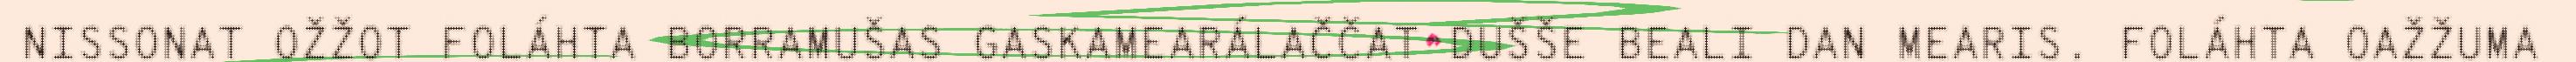
NISSONAT OŽŽOT FOLÁHTA BORRAMUŠAS GASKAMEARÁLAČČAT DUŠŠE BEALI DAN MEARIS. FOLÁHTA OAŽŽUMA